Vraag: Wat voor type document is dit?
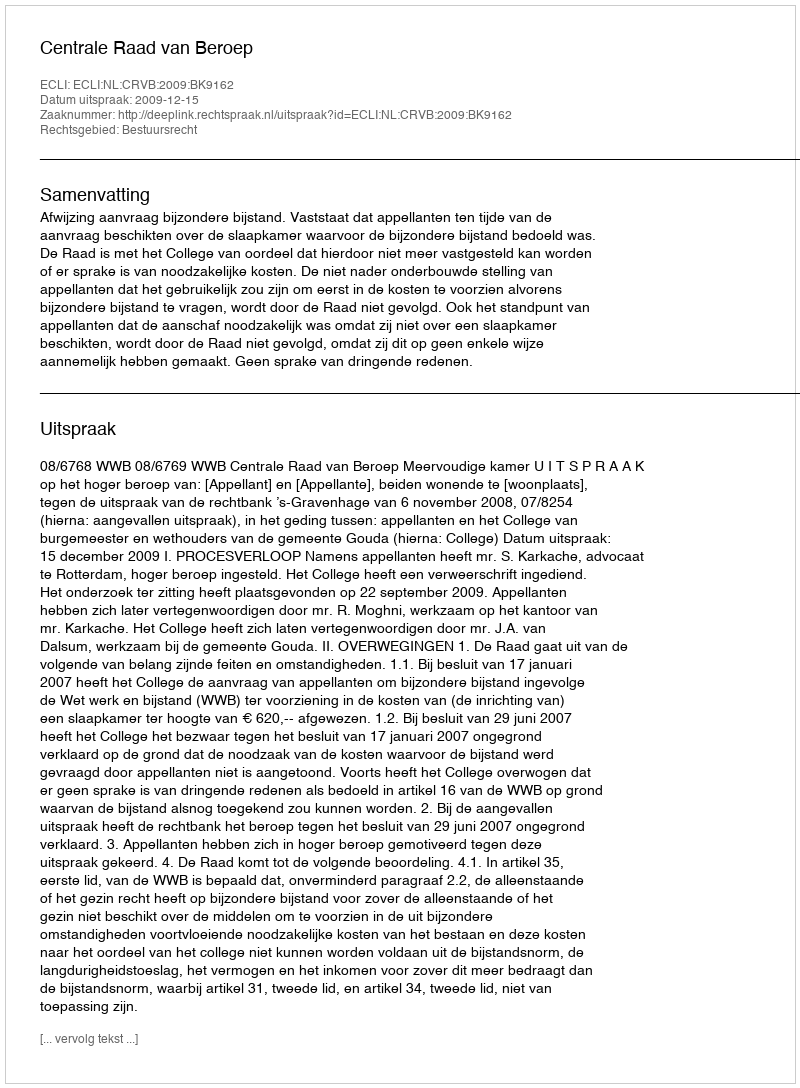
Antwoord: Uitspraak